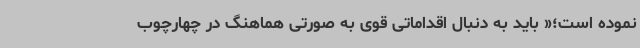
نموده است؛« باید به دنبال اقداماتی قوی به صورتی هماهنگ در چهارچوب